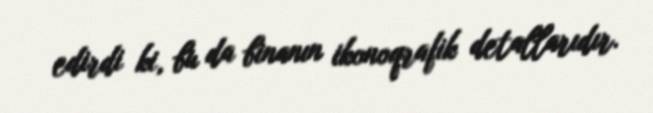
edirdi ki, bu da binanın ikonoqrafik detallarıdır.